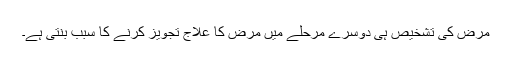
مرض کی تشخیص ہی دوسرے مرحلے میں مرض کا علاج تجویز کرنے کا سبب بنتی ہے۔